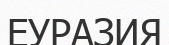
ЕУРАЗИЯ